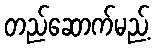
တည်ဆောက်မည့်